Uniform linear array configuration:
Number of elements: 48
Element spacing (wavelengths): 0.25
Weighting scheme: hamming
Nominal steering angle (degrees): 30
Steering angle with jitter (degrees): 29.99
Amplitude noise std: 0.05
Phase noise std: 0.05

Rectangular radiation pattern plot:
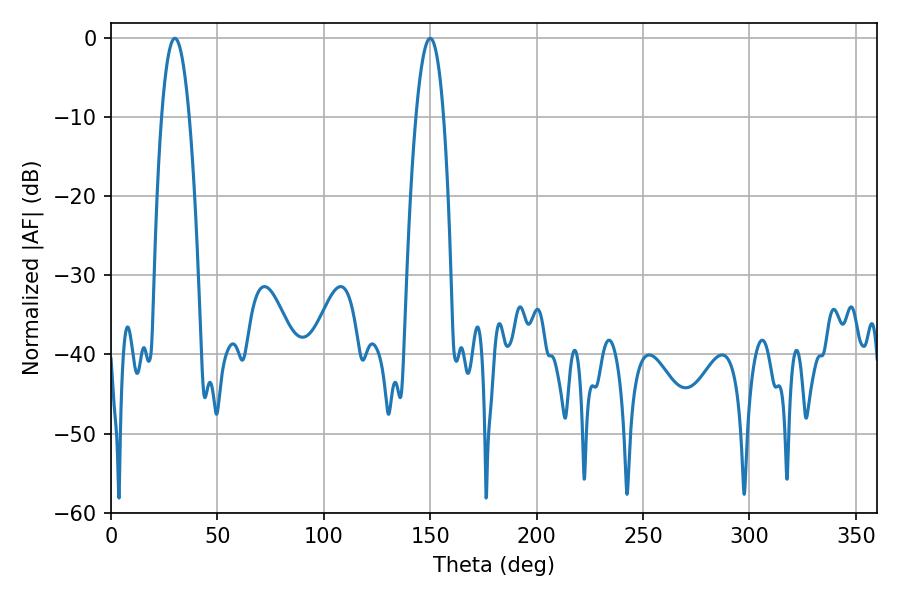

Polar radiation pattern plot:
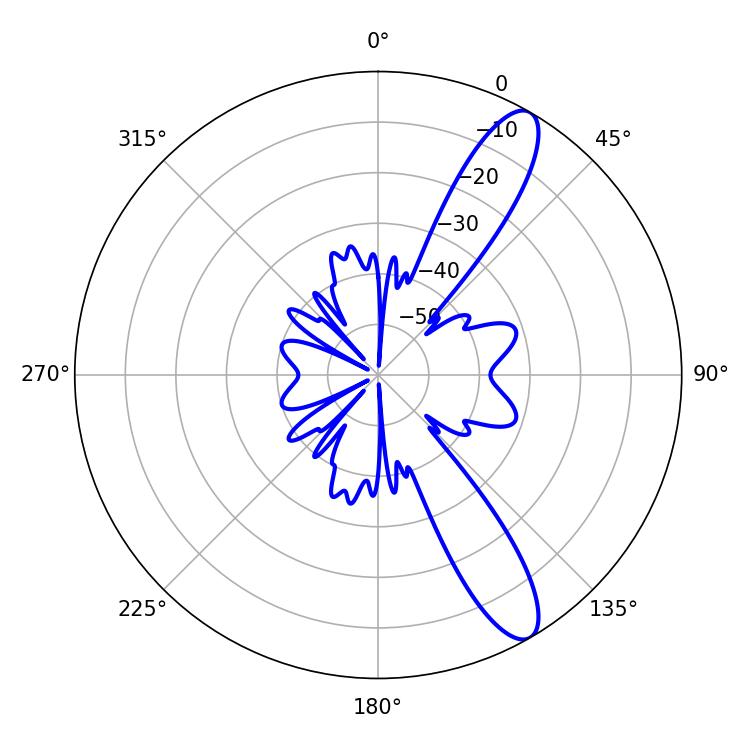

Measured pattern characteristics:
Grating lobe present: FALSE
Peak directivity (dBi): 11.695
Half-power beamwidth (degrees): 7.2
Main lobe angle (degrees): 30.06